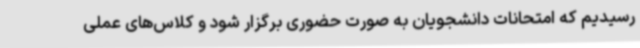
رسیدیم که امتحانات دانشجویان به صورت حضوری برگزار شود و کلاس‌های عملی